Report of the King Institute of Preventive Medicine, Guindy
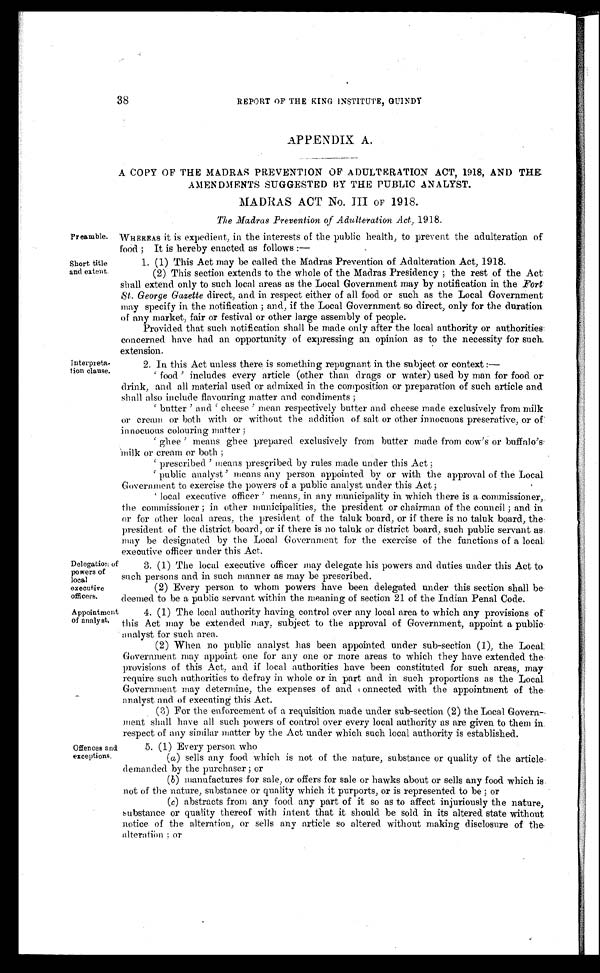
Preamble.
Short title
and extent
Delegation of
powers of
local
executive
officers.
A ppointment
of analyst.
Interpreta-
tion clause.
38
REPORT OF THE KING INSTITUTE, GUINDY
APPENDIX A.
A COPY OF THE MADRAS PREVENTION OF ADULTERATION ACT, 1918, AND THE
AMENDMENTS SUGGESTED BY TH.E PUBLIC ANALYST.
MADRAS ACT No. III OF 1918.
The Madras Prevention of Adulteration Act, 1918.
WHEREAS it is expedient, in the interests of the public health, to prevent the adulteration of
food ; It is hereby enacted as follows :—
1. (1) This Act may be called the Madras Prevention of Adulteration Act, 1918.
(2) This section extends to the whole of the Madras Presidency ; the rest of the Act.
Shall extend only to such local areas as the Local Government may by notification in the .Fort
St. George Gazette direct, and in. respect either of all food or such as the Local Government
may specify in the notification ; and, if the Local Government so direct, only for the duration
of any market, fair or festival or other large assembly of people.
Provided that such notification shall be made only after the local authority or authorities
concerned have had an opportunity of expressing an opinion as to the necessity for such
extension.
2. In. this Act unless there is something repugnant in the subject or context :
—
‘ f o o d ’ i n c l u d e s e v e r y a r t i c l e ( o t h e r t h a n d r a g s o r wa t e r ) u s e d b y ma n f o r f o o d o r
drink, and all material used or admixed in the composition or preparation of such article and
shall also include flavouring matter and condiments ;
‘ butter ’a n d ‘ c h e e s e ’ m e a n r e s p e c t i v e l y b u t t e r a n d c h e e s e m a d e e x c l u s i v e l y f r o m m i l k
or cream or both with or without the addition of salt, or other innocuous preserative, or of
innocuous colouring matter;
‘ g h e e ’ me a n s g h e e p r e p a r e d e x c l u s i v e l y f r o m b u t t e r ma d e f r o m c o w' s o r b u f f a l o ' s .
Milk or cream or both ;
‘ p r e s c r i b e d ’ m e a n s p r e c r i b e d b y r u l e s m a d e u n d e r t h i s A c t ;
‘ publ i c anal yst ’ means any per son appoi nt ed by or wi t h t he appr oval of t he Local
Government to exercise the powers of a public analyst under this Act ;
‘ l ocal executi ve offi cer ’ means, i n any muni ci pal i ty i n whi ch there i s a commi ssi oner,
the commissioner ; in other municipalities, the president or chairman, of the council ; and in
or for other local areas, the president of the taluk board, or if there is no taluk board, the
president of the district board, or if there is no taluk or district board, such public servant as.
may be designated by the Local Government for the exercise of the functions of a local
executive officer under this Act.
Offences and
exceptions,
3. (1) The local executive officer may delegate his powers and duties under this Act to
such persons and in such manner as may be prescribed.
(2) Every person to whom powers have been delegated under this section shall be
deemed to be a public servant within the meaning of section 21 of the Indian Penal Code.
4. (1) The local authority having control over any local area to which any provisions of
this Act may be extended may, subject to the approval of Government, appoint a public
analyst for such area.
(2) When no public analyst has been appointed under sub-section (1), the Local:
Government may appoint one for any one or more areas to which they have extended the
provisions of this Act, and if local authorities have been constituted for such areas, may
require such authorities to defray in whole or in part and in such proportions as the Local.
Government may determine, the expenses of and connected with the appointment of the
analyst and of executing this Act.
(3) For the enforcement of a requisition made under sub-section. (2) the Local Govern-
ment shall have all such powers of control over every local authority as are given to them in
respect of any similar matter by the Act under which such local authority is established.
5. (1) Every person who
(a) sells any food which is not of the nature, substance or quality of the article
demanded by the purchaser ; or
(b) manufactures for sale, or offers for sale or hawks about or sells any food which is
not of the nature, substance or quality which it purports, or is represented to be ; or
(c) abstracts from any food any part of it so as to affect injuriously the nature,
substance or quality thereof with intent that it should be sold in its altered state without
notice of the alteration, or sells any article so altered without making disclosure of th
e a l t e r a t i o n ; o r